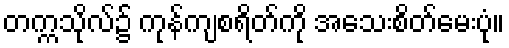
တက္ကသိုလ်၌ ကုန်ကျစရိတ်ကို အသေးစိတ်မေးပုံ။